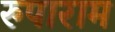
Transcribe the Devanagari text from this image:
रुपाराम